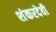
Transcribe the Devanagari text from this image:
शंकरदेवी